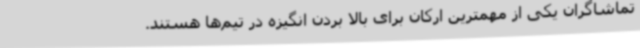
تماشاگران یکی از مهمترین ارکان برای بالا بردن انگیزه در تیم‌ها هستند.